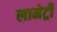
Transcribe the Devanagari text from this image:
लामेट्री